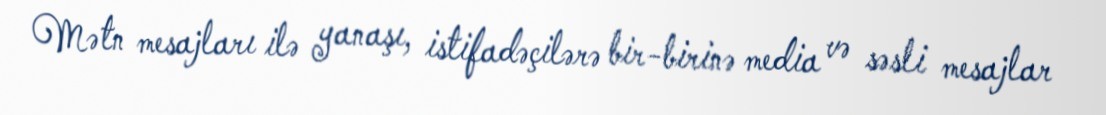
Mətn mesajları ilə yanaşı, istifadəçilərə bir-birinə media və səsli mesajlar